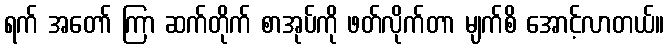
ရက် အတော် ကြာ ဆက်တိုက် စာအုပ်ကို ဖတ်လိုက်တာ မျက်စိ အောင့်လာတယ်။